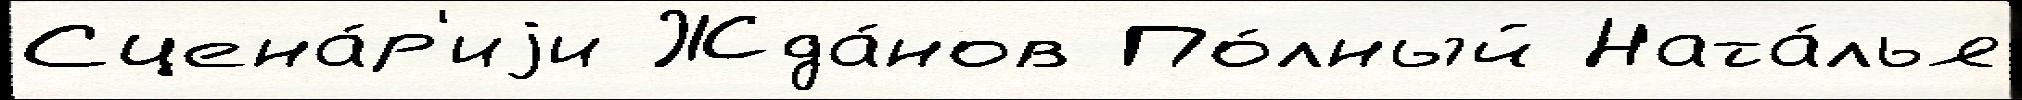
Сцена́р'иjи Жда́нов По́лный Ната́лья